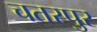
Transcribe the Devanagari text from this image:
चतरपुर